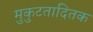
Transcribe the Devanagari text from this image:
मुकुटतादितक